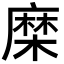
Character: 𮮈